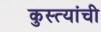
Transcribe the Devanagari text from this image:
कुस्त्यांची